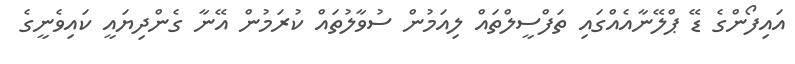
އައިފޯންގެ ޑޭ ޕްލޭނާއެއްގައި ތަފްސީލްތައް ލިއަމުން ސުވާލުތައް ކުރަމުން އޭނާ ގެންދިޔައީ ކައިވެނީގެ